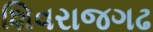
શિવરાજગઢ